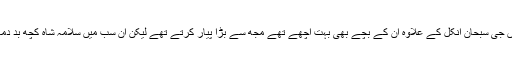
بی بی جان، اماں جی سبحان انکل کے علاوہ ان کے بچے بھی بہت اچھے تھے مجھ سے بڑا پیار کرتے تھے لیکن ان سب میں سلامہ شاہ کچھ بد دماغ سا انسان تھا۔